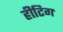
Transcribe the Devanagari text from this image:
हीटिग